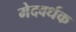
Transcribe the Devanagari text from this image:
मेदवर्धक